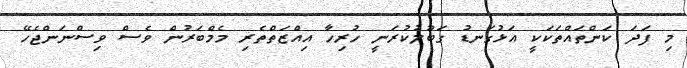
މި ފަދަ ކަންތައްތަކަކީ އަޅުގަނޑު ގަބޫލުކުރަނީ ހުރިހާ އިއްޒަތްތެރި މެމްބަރުން ވެސް ވިސްނަންޖެހޭ